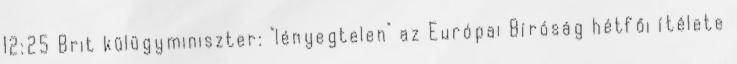
12:25 Brit külügyminiszter: "lényegtelen" az Európai Bíróság hétfői ítélete